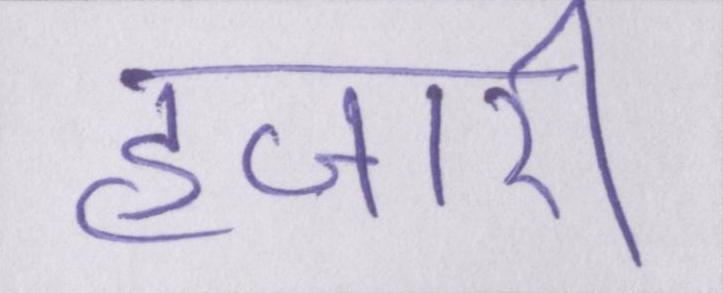
हजारी